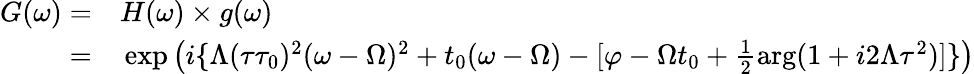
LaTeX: \begin{array}{rl}{G(\omega)=}&{{}H(\omega)\times g(\omega)}\\ {=}&{{}\exp\left(i\{ \Lambda(\tau\tau_{0})^{2}(\omega-\Omega)^{2}+t_{0}(\omega-\Omega)-[\varphi-\Omega t_{0}+\frac{1}{2}\arg(1+i2\Lambda\tau^{2})]\} \right)}\end{array}